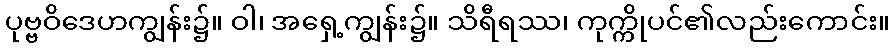
ပုဗ္ဗဝိဒေဟကျွန်း၌။ ဝါ၊ အရှေ့ကျွန်း၌။ သိရီရဿ၊ ကုက္ကိုပင်၏လည်းကောင်း။